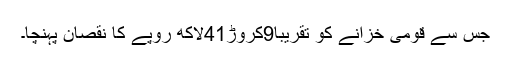
جس سے قومی خزانے کو تقریبا9کروڑ41لاکھ روپے کا نقصان پہنچا۔